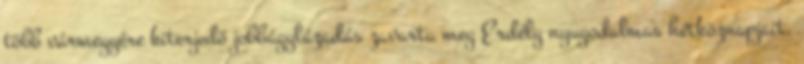
több vármegyére kiterjedő jobbágylázadás zavarta meg Erdély nyugodalmas hétköznapjait.